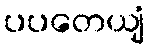
ပပတေယျံ